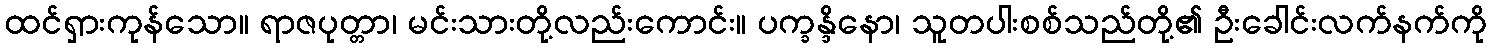
ထင်ရှားကုန်သော။ ရာဇပုတ္တာ၊ မင်းသားတို့လည်းကောင်း။ ပက္ခန္ဒိနော၊ သူတပါးစစ်သည်တို့၏ ဦးခေါင်းလက်နက်ကို